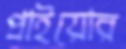
প্রাইয়োর